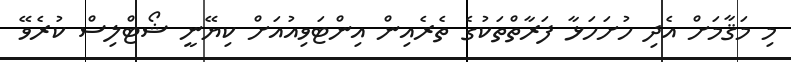
މި މަޤާމަށް އެދި ހުށަހަޅާ ފަރާތްތަކުގެ ތެރެއިން އިންޓަވިއުއަށް ކިޔޭނީ ޝޯޓްލިސް ކުރެވޭ